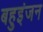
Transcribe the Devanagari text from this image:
बहुइंजन